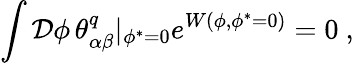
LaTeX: \int{\cal D}\phi\, \theta_{\alpha\beta}^{q}|_{\phi^{*}=0}e^{W(\phi,\phi^{*}=0)}=0\ ,